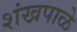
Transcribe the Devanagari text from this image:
शंखपाळे